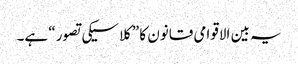
یہ بین الاقوامی قانون کا ”کلاسیکی تصور“ ہے۔